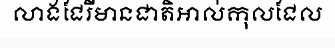
លាងជែរីមានជាតិអាល់កុលជែល